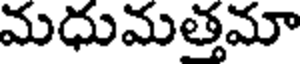
మధుమత్తమా